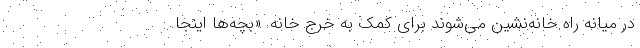
در میانه راه خانه‌نشین می‌شوند برای کمک به خرج خانه. «بچه‌ها اینجا